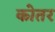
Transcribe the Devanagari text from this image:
कोतर